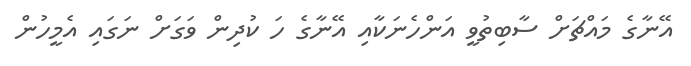
އޭނާގެ މައްޗަށް ސާބިތުވީ އަންހެނަކާއި އޭނާގެ ހަ ކުދިން ވަގަށް ނަގައި އެމީހުން